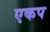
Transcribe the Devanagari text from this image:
एकप